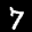
Label: 7